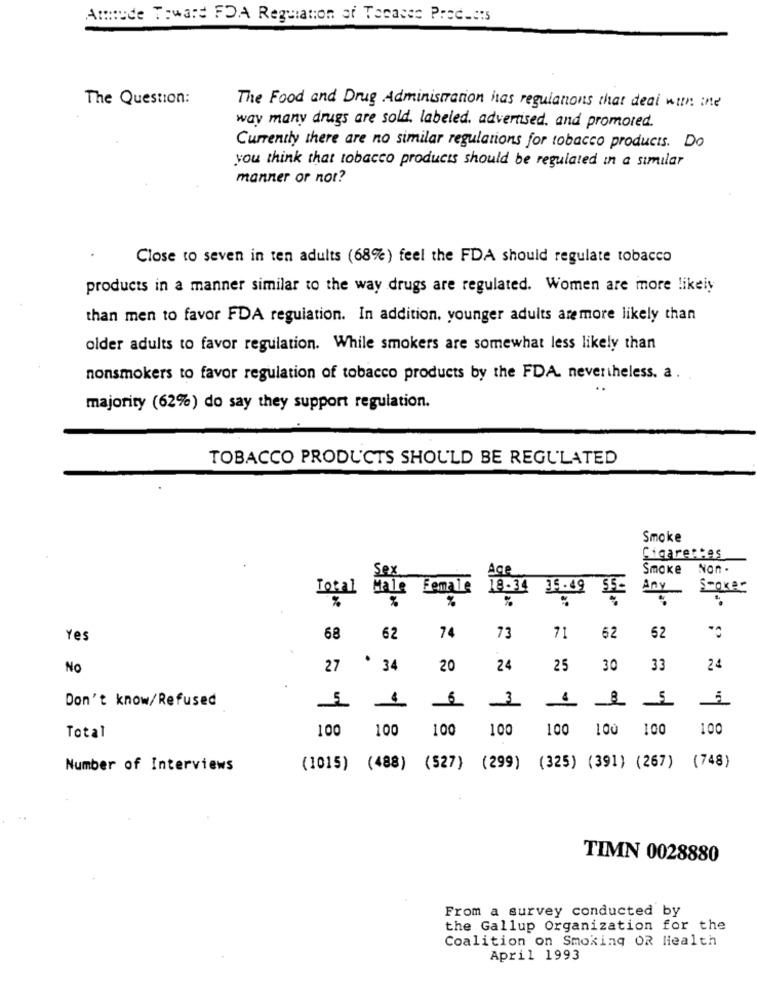
Attitude Toward FDA Regulation of Tocasse Products
The Question:
The Food and Drug Administration has reguianons that deal with ine
way many drugs are sold, labeled. advertised, and promored.
Currently there are no similar regulations for tobacco products. Do
you think that tobacco products should be regulated in a similar
manner or not?
Close to seven in ten adults (68%) feel the FDA should regulate tobacco
products in a manner similar to the way drugs are regulated. Women are more likely
than men to favor FDA regulation. In addition. younger adults aremore likely than
older adults to favor regulation. While smokers are somewhat less likely than
nonsmokers to favor regulation of tobacco products by the FDA. nevertheless. a .
majority (62%) do say they support regulation.
TOBACCO PRODUCTS SHOULD BE REGULATED
Smoke
Cigarettes
Smoke
Non .
19
Smoker
Total
Any
Yes
68
62
74
73
71
62
52
No
27 ' 34
20
24
25
30
33
24
Don't know/Refused
5
3
100
100
100
100
100
100
Total
100
100
Number of Interviews
(1015) (488) (527) (299) (325) (391) (267) (748)
TIMN 0028880
From a survey conducted by
the Gallup Organization for the
Coalition on Smoking OR Health
April 1993